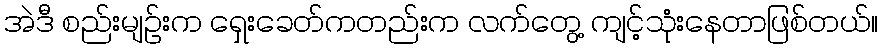
အဲဒီ စည်းမျဉ်းက ရှေးခေတ်ကတည်းက လက်တွေ့ ကျင့်သုံးနေတာဖြစ်တယ်။